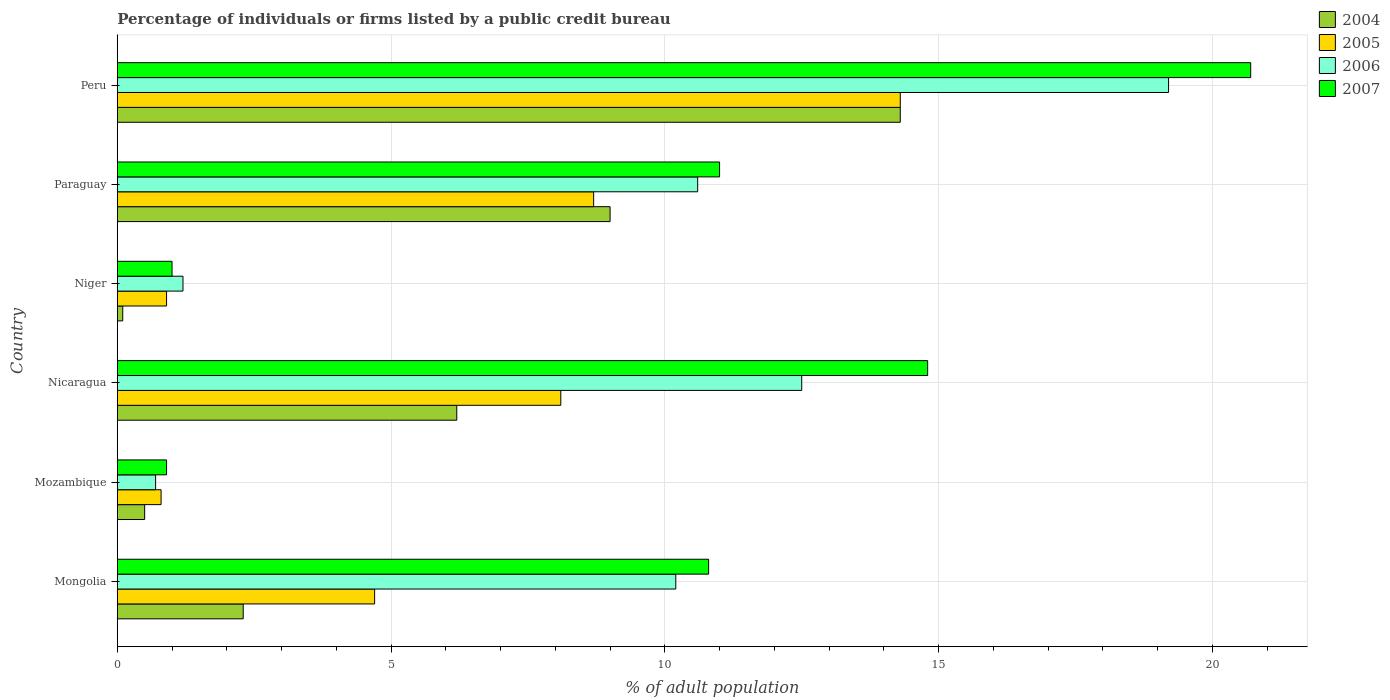
| Country | 2004 | 2005 | 2006 | 2007 |
 | --- | --- | --- | --- | --- |
 | Mongolia | 2.3 | 4.7 | 10.2 | 10.8 |
 | Mozambique | 0.5 | 0.8 | 0.7 | 0.9 |
 | Nicaragua | 6.2 | 8.1 | 12.5 | 14.8 |
 | Niger | 0.1 | 0.9 | 1.2 | 1 |
 | Paraguay | 9 | 8.7 | 10.6 | 11 |
 | Peru | 14.3 | 14.3 | 19.2 | 20.7 |